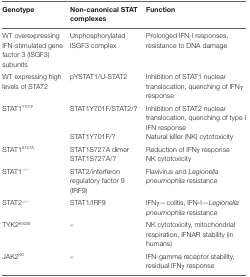
<table><thead><tr><td><b>Genotype</b></td><td><b>Non-canonical STAT complexes</b></td><td><b>Function</b></td></tr></thead><tbody><tr><td>WT overexpressing IFN-stimulated gene factor 3 (ISGF3) subunits</td><td>Unphosphorylated ISGF3 complex</td><td>Prolonged IFN-I responses, resistance to DNA damage</td></tr><tr><td>WT expressing high levels of STAT2</td><td>pYSTAT1/U-STAT2</td><td>Inhibition of STAT1 nuclear translocation, quenching of IFNγ response</td></tr><tr><td rowspan="2">STAT1<sup>Y701F</sup></td><td>STAT1Y701F/STAT2/?</td><td>Inhibition of STAT2 nuclear translocation, quenching of type I IFN response</td></tr><tr><td>STAT1Y701F/?</td><td>Natural killer (NK) cytotoxicity</td></tr><tr><td rowspan="2">STAT1<sup>S727A</sup></td><td>STAT1S727A dimer</td><td>Reduction of IFNγ response</td></tr><tr><td>STAT1S727A/?</td><td>NK cytotoxicity</td></tr><tr><td>STAT1<sup>−/−</sup></td><td>STAT2/interferon regulatory factor 9 (IRF9)</td><td>Flavivirus and <i>Legionella pneumophila</i> resistance</td></tr><tr><td>STAT2<sup>−/−</sup></td><td>STAT1/IRF9</td><td>IFNγ—colitis, IFN-I—<i>Legionella pneumophila</i> resistance</td></tr><tr><td>TYK2<sup>K923E</sup></td><td>–</td><td>NK cytotoxicity, mitochondrial respiration, IFNAR stability (in humans)</td></tr><tr><td>JAK2<sup>KD</sup></td><td>–</td><td>IFN-gamma receptor stability, residual IFNγ response</td></tr></tbody></table>